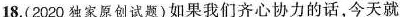
18.(2020独家原试题)如果我们齐心协力的话，今天就